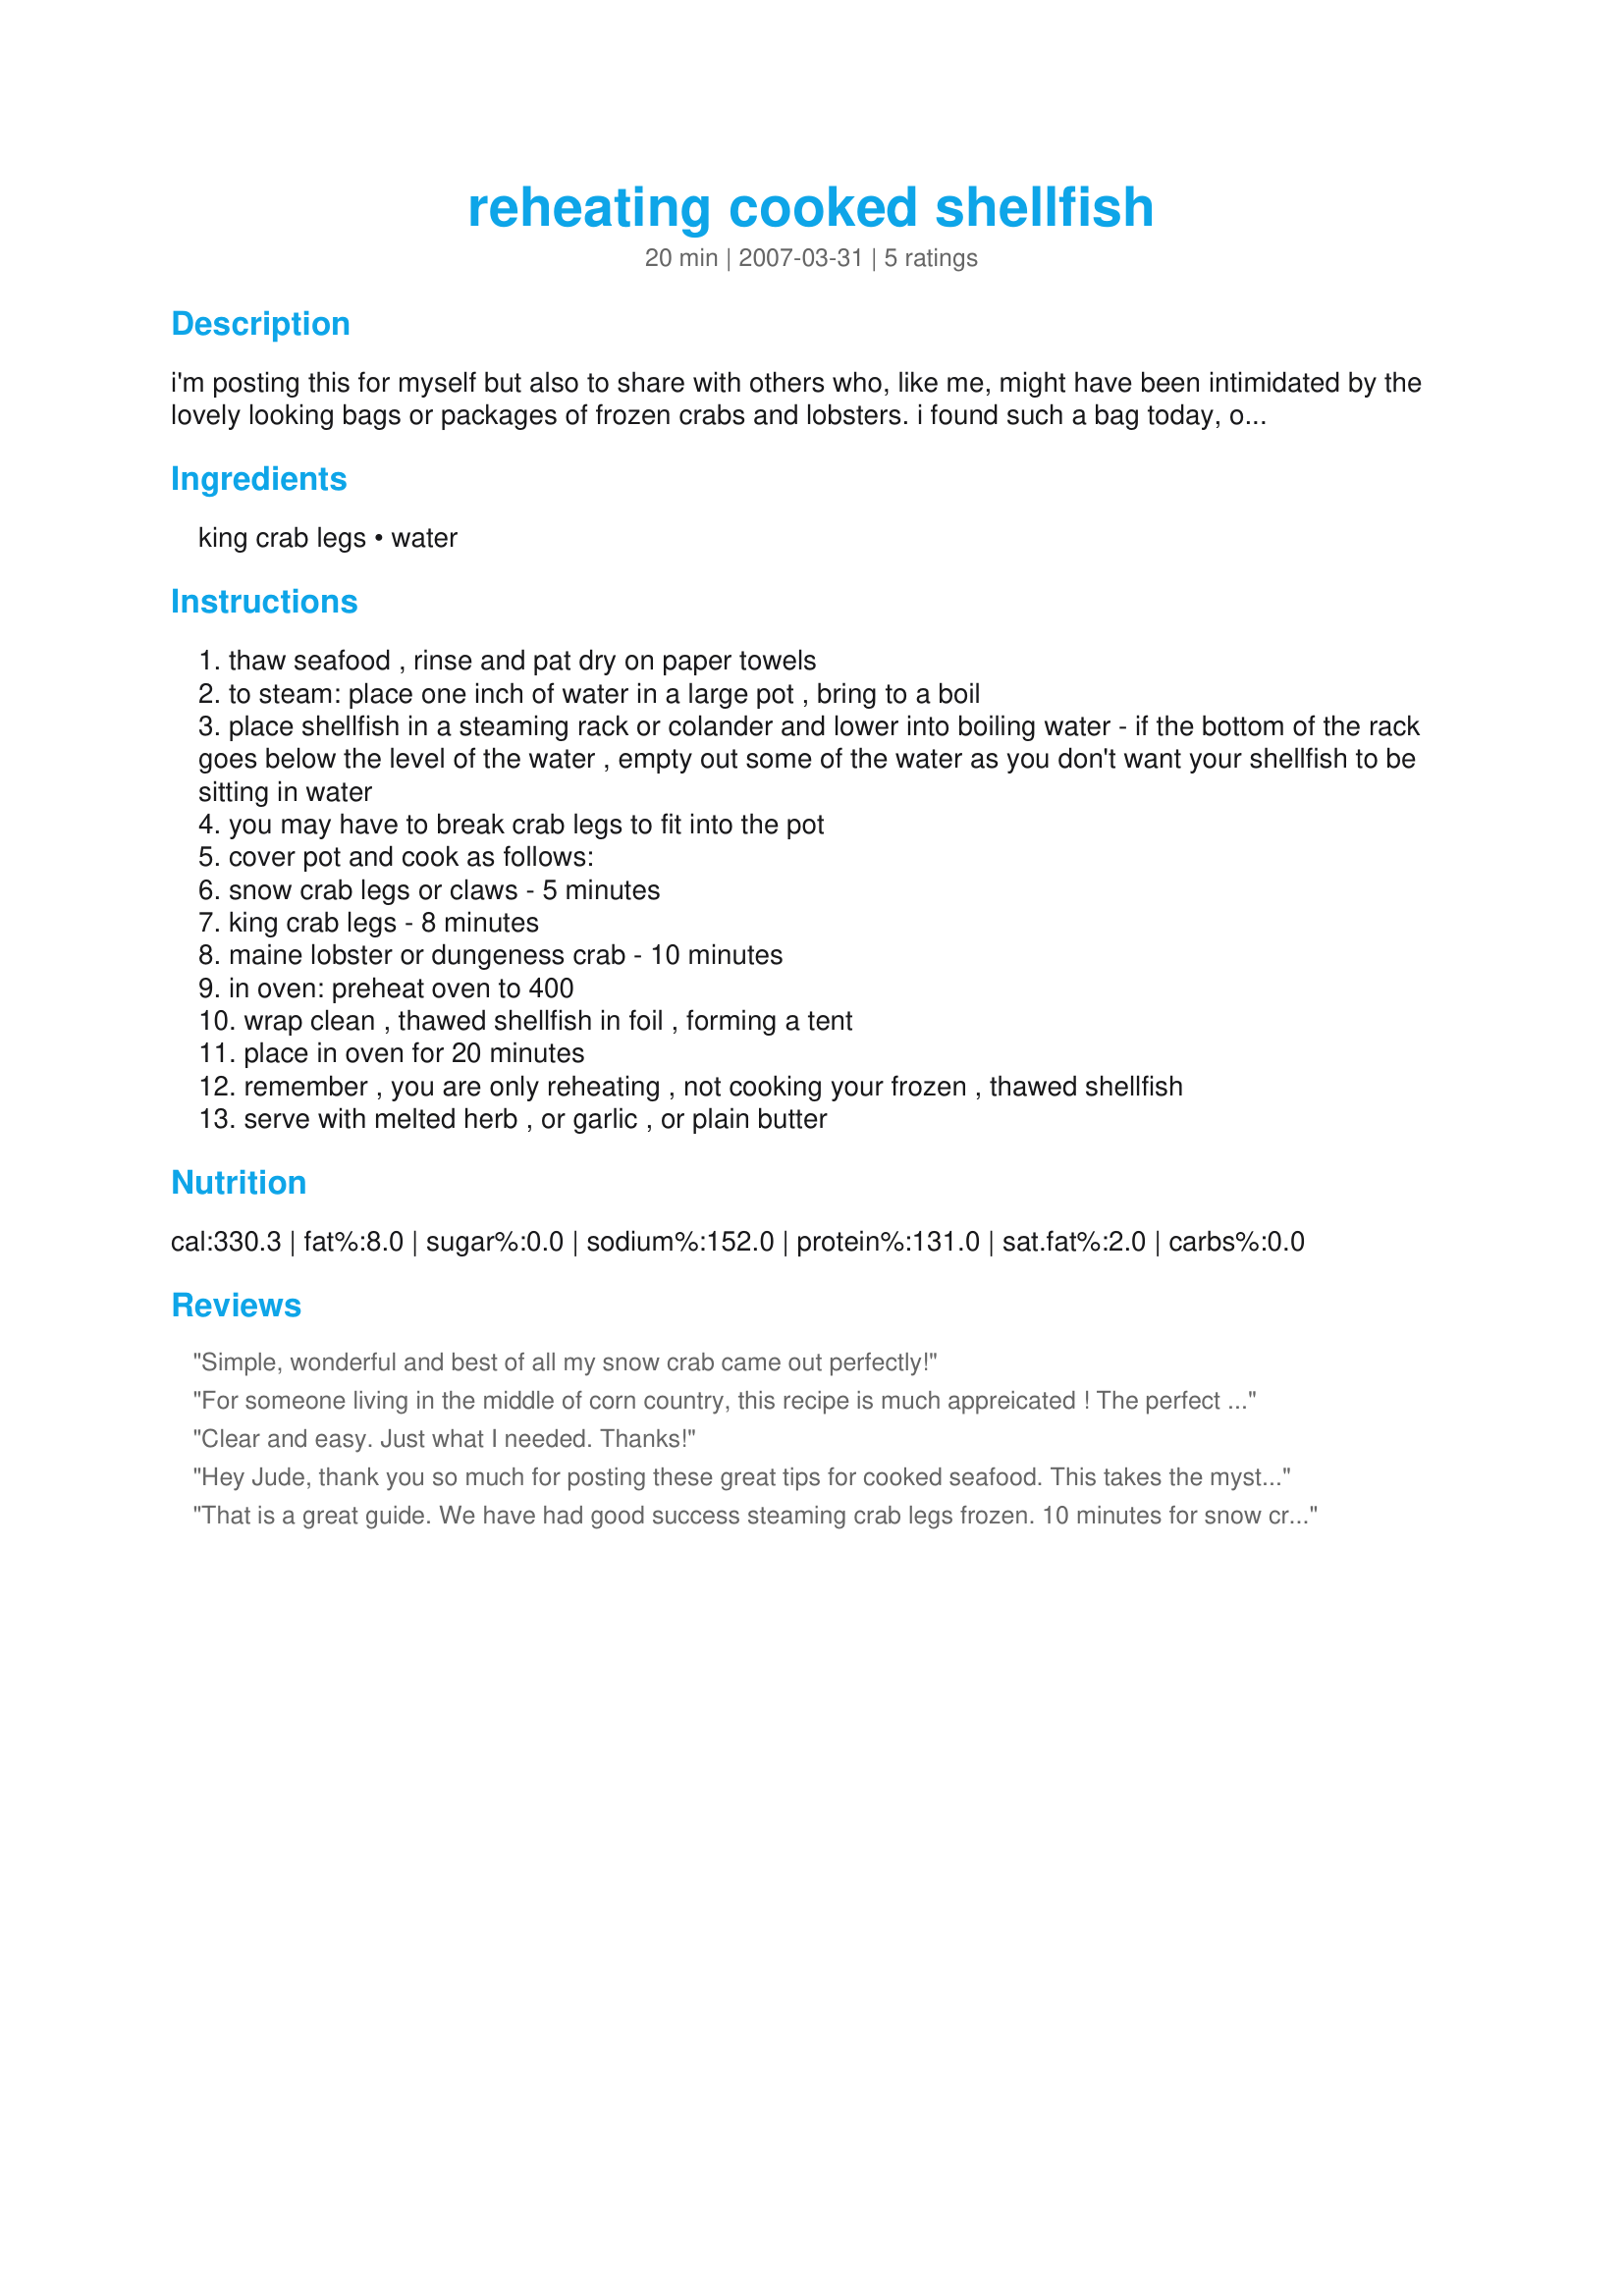
reheating cooked shellfish
Preparation time: 20 minutes

i'm posting this for myself but also to share with others who, like me, might have been intimidated by the lovely looking bags or packages of frozen crabs and lobsters. i found such a bag today, of king crab legs, that i couldn't resist buying because of the low sale price. luckily for me, this was at my favorite fishmonger shop, burhop's, in glenview, il, and they gave me a recipe card with super simple instructions for the best ways to reheat the frozen crabby delights. i followed the instructions for steaming and our crab legs were absolutely perfect! the amounts listed below in 'ingredients' are per person and i'll list the details in the directions area. the prep and cook times don't include the thawing time because that's subject to what sort of shell fish you're preparing.

Ingredients:
king crab legs, water

Steps:
thaw seafood , rinse and pat dry on paper towels
to steam: place one inch of water in a large pot , bring to a boil
place shellfish in a steaming rack or colander and lower into boiling water - if the bottom of the rack goes below the level of the water , empty out some of the water as you don't want your shellfish to be sitting in water
you may have to break crab legs to fit into the pot
cover pot and cook as follows:
snow crab legs or claws - 5 minutes
king crab legs - 8 minutes
maine lobster or dungeness crab - 10 minutes
in oven: preheat oven to 400
wrap clean , thawed shellfish in foil , forming a tent
place in oven for 20 minutes
remember , you are only reheating , not cooking your frozen , thawed shellfish
serve with melted herb , or garlic , or plain butter

Reviews:
Simple, wonderful and best of all my snow crab came out perfectly!
For someone living in the middle of corn country, this recipe is much appreicated ! The perfect guide for those of us who look at the shellfish in the market and wonder how on earth does one cook that ? I have a Nesco crock pot that has a rack and steam setting, perfect for this recipe. Plus, I can plug it in outside as to not 'stink up' the house for days.
Hey Jude, thanks for posting this here !
Clear and easy. Just what I needed. Thanks!
Hey Jude, thank you so much for posting these great tips for cooked seafood. This takes the mystery out of what to do with store-bought cooked shellfish and also with leftover home-cooked ones. This goes right into the "tips and techniques" cookbook. Thanks for sharing!
That is a great guide. We have had good success steaming crab legs frozen. 10 minutes for snow crab and about 12 minutes for king.

My FAVORITE method of reheating snow crab, though, is in a "seafood boil". (You can find numerous recipes for this.) If you have never done one, it consists of crab legs, shrimp, and any other shellfish you choose, smoked sausage, onion, potato, and corn cooked outside in a BIG old pot in water and a couple of bags of "seafood boil" spices (Old Bay or Zatarain's brand) Must be eaten on brown paper or newspaper. Must have your best friends over to help you eat it. Start stocking your freezer when things go on sale and you will have a fantastic summer party!!!
